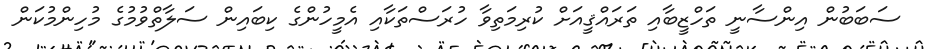
ސަބަބުން އިންސާނީ ތަހްޒީބާއި ތަރައްޤީއަށް ކުރިމަތިވާ ހުރަސްތަކާއި އެމީހުންގެ ކިބައިން ސަލާތްވުމުގެ މުހިންމުކަން